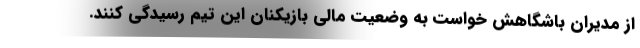
از مدیران باشگاهش خواست به وضعیت مالی بازیکنان این تیم رسیدگی کنند.